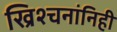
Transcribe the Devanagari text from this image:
ख्रिश्चनांनिही